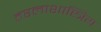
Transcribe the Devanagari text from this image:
तरलाशास्त्रिय